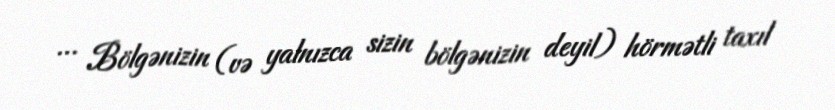
… Bölgənizin (və yalnızca sizin bölgənizin deyil) hörmətli taxıl